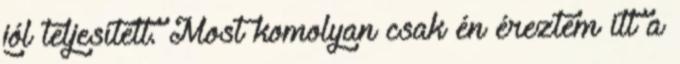
jól teljesített. Most komolyan csak én éreztem itt a